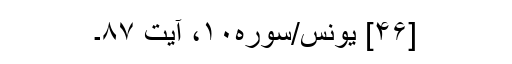
[۴۶] یونس/سوره۱۰، آیت ۸۷۔